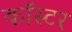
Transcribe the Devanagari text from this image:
कॉस्टर